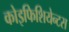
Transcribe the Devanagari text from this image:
कोइफिशियेन्‍टस